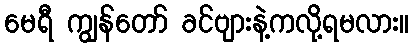
မေရီ ကျွန်တော် ခင်ဗျားနဲ့ကလို့ရမလား။